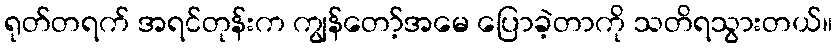
ရုတ်တရက် အရင်တုန်းက ကျွန်တော့်အမေ ပြောခဲ့တာကို သတိရသွားတယ်။